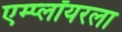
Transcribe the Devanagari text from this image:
एम्प्लॉयरला